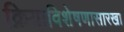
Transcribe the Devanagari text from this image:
क्रियाविशेषणासारखा